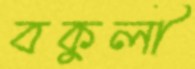
বকুলী